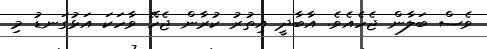
ވެސް ބަލާން ޖެހެއެވެ. އާބާދީ އިތުރު ކުރާން ޖެހޭ ވާހަކަ އަޅުގަނޑު މި